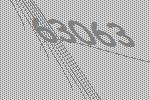
63063